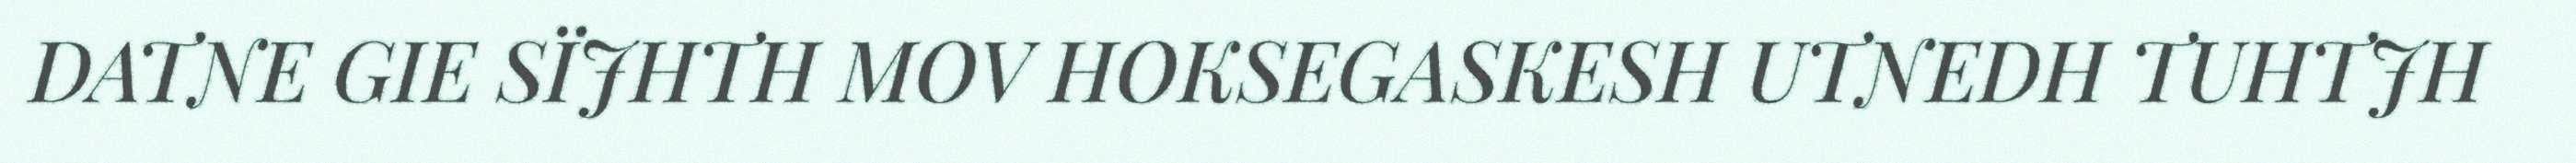
DATNE GIE SÏJHTH MOV HOKSEGASKESH UTNEDH TUHTJH